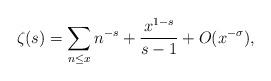
LaTeX: \begin{align*} \zeta(s) = \sum_{n \leq x}{n^{-s}} + \frac{x^{1-s}}{s-1} + O(x^{-\sigma}), \end{align*}